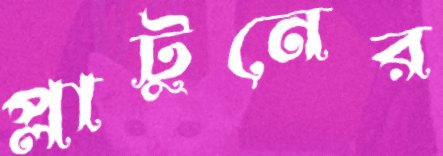
প্লাটুনের